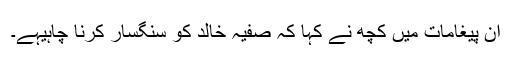
ان پیغامات میں کچھ نے کہا کہ صفیہ خالد کو سنگسار کرنا چاہیہے۔